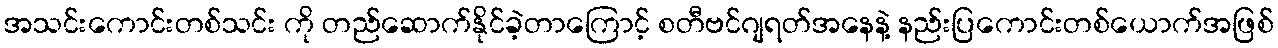
အသင်းကောင်းတစ်သင်း ကို တည်ဆောက်နိုင်ခဲ့တာကြောင့် စတီဗင်ဂျရတ်အနေနဲ့ နည်းပြကောင်းတစ်ယောက်အဖြစ်